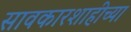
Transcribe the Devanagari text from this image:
सावकारशाहीच्या